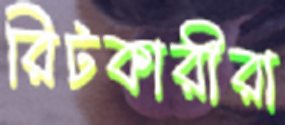
রিটকারীরা